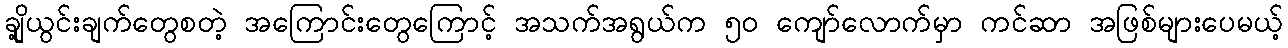
ချို့ယွင်းချက်တွေစတဲ့ အကြောင်းတွေကြောင့် အသက်အရွယ်က ၅၀ ကျော်လောက်မှာ ကင်ဆာ အဖြစ်များပေမယ့်